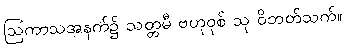
ဩကာသအနက်၌ သတ္တမီ ဗဟုဝုစ် သု ဝိဘတ်သက်။